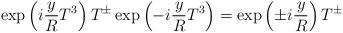
LaTeX: \begin{align*}\exp \left( i \frac{y}{R} T^3 \right) T^\pm \exp \left(- i \frac{y}{R} T^3 \right) = \exp \left(\pm i \frac{y}{R} \right) T^\pm\end{align*}